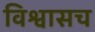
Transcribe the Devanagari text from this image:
विश्वासच